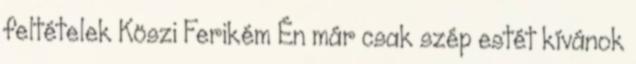
feltételek Köszi Ferikém Én már csak szép estét kívánok